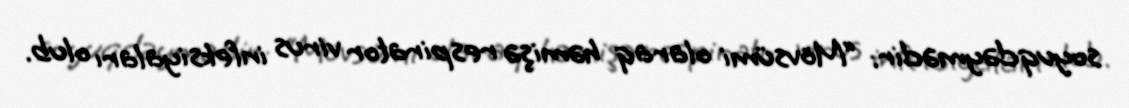
soyuqdəymədir: “Mövsümi olaraq həmişə respirator virus infeksiyaları olub.